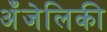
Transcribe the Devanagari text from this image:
अँजेलिकी